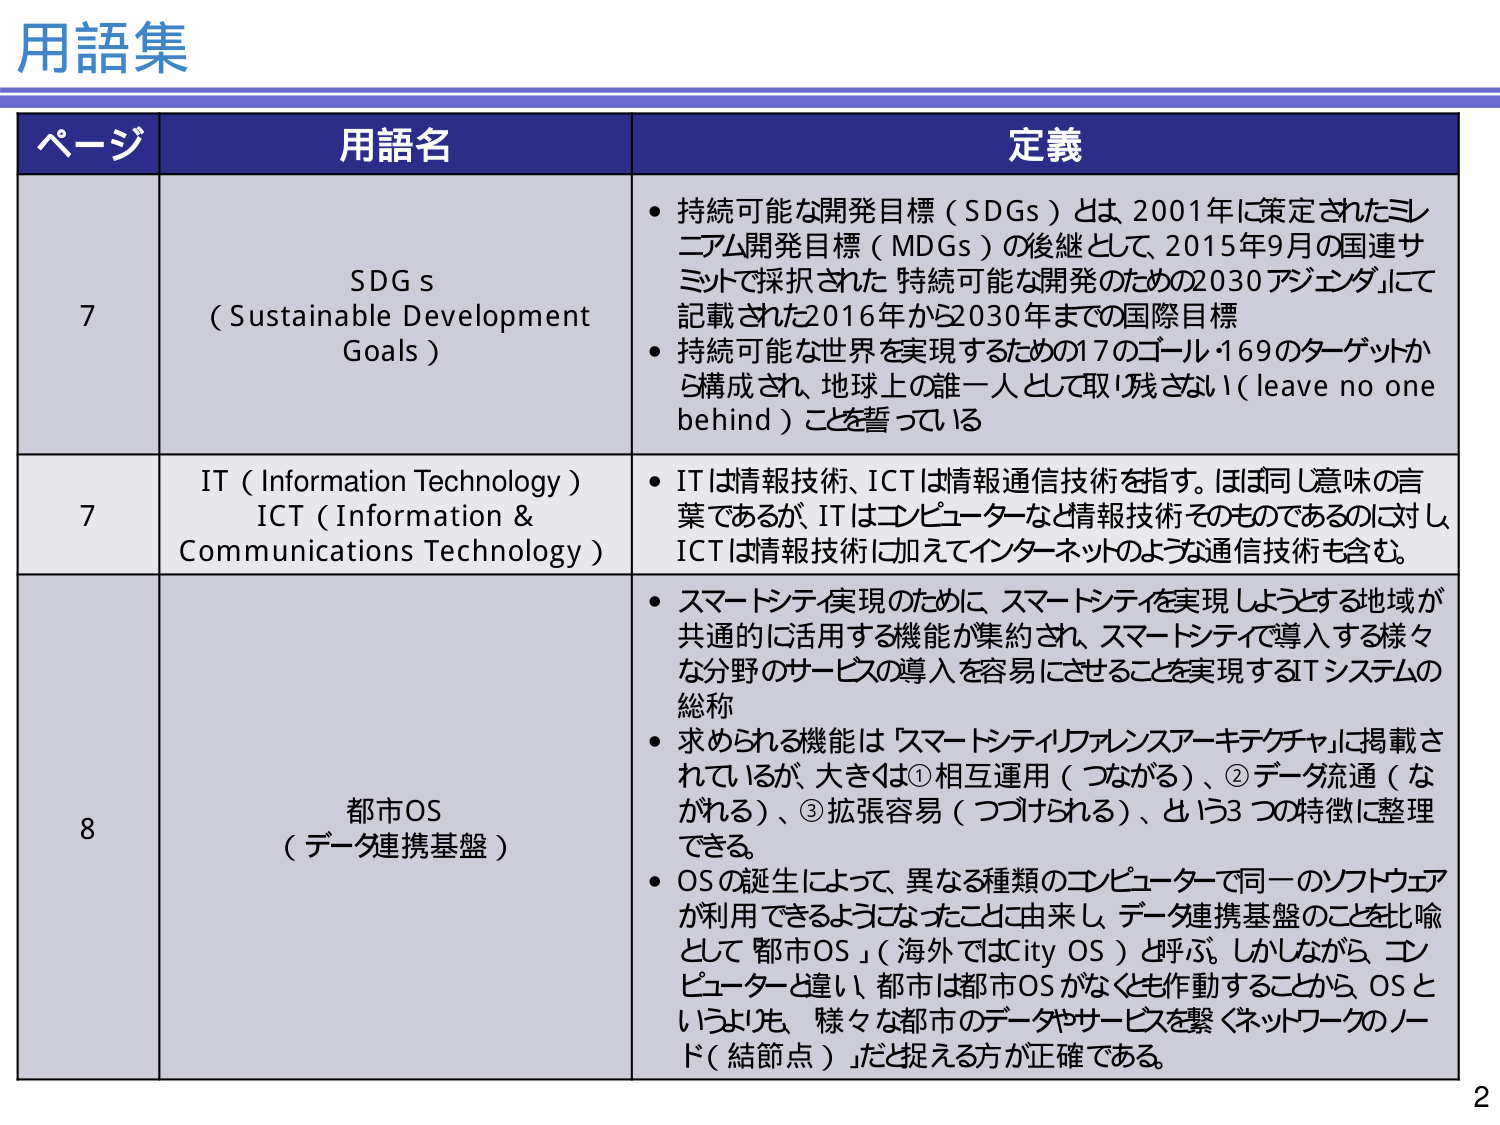
用語集

ページ	用語名	定義
7	SDGs (Sustainable Development Goals)	・持続可能な開発目標（SDGs）とは 2001年に策定されたミレニアム開発目標（MDGs）の後継として、2015年9月の国連サミットで採択された「持続可能な開発のための2030アジェンダ」にて記載された2016年から2030年までの国際目標
・持続可能な世界を実現するための17のゴール・169のターゲットから構成され、地球上の誰一人として取り残さない（leave no one behind）ことを誓っている
7	IT（Information Technology） ICT（Information & Communications Technology）	・ITは情報技術、ICTは情報通信技術を指す。ほぼ同じ意味の言葉であるが、ITはコンピュータなど情報技術そのものであるのに対し、ICTは情報技術に加えてインターネットのような通信技術も含む。
8	都市OS （データ連携基盤）	・スマートシティ実現のために、スマートシティを実現しようとする地域が共通的に活用する機能が集約され、スマートシティで導入する様々な分野のサービスの導入を容易にさせることを実現するITシステムの総称
・求められる機能は「スマートシティファレンスアーキテクチャ」に掲載されているが、大きなは①相互運用（つながる）、②データ流通（ながれる）、③拡張容易（つづけられる）、という3つの特徴に整理できる。
・OSの誕生によって、異なる種類のコンピュータで同一のソフトウェアが利用できるようになったことに由来し、データ連携基盤のことを比喩として「都市OS」（海外ではCity OS）と呼ぶ。しかしながら、コンピュータと違い、都市は都市OSがなくとも作動することから、OSというよりも、「様々な都市のデータやサービスを繋ぐネットワークのノード（結節点）」だと捉える方が正確である。

2